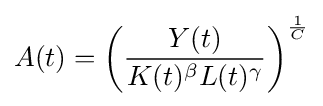
A(t)=\left({\frac {Y(t)}{K(t)^{\beta }L(t)^{\gamma }}}\right)^{\frac {1}{C}}